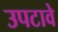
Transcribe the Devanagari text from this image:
उपटावे